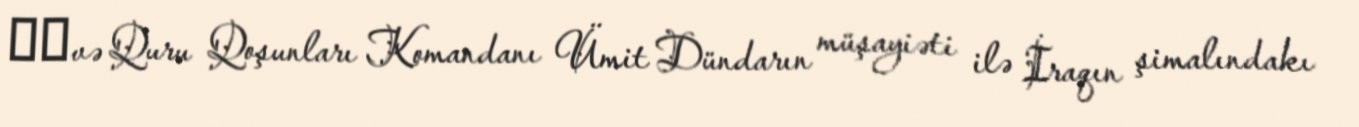
​​və Quru Qoşunları Komandanı Ümit Dündarın müşayiəti ilə İraqın şimalındakı